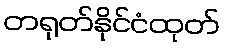
တရုတ်နိုင်ငံထုတ်